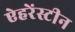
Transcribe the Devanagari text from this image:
ऐहरेंस्टीन